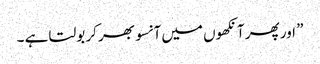
” اور پھر آنکھوں میں آنسو بھر کر بولتا ہے ۔